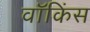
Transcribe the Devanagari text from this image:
वॉकिंस